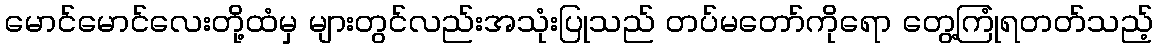
မောင်မောင်လေးတို့ထံမှ များတွင်လည်းအသုံးပြုသည် တပ်မတော်ကိုရော တွေ့ကြုံရတတ်သည့်